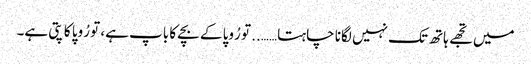
میں تجھے ہاتھ تک نہیں لگانا چاہتا…….. تو رُوپا کے بچے کا باپ ہے، تو رُوپا کا پتی ہے۔